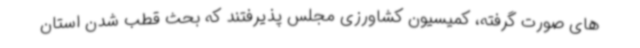
های صورت گرفته، کمیسیون کشاورزی مجلس پذیرفتند که بحث قطب شدن استان